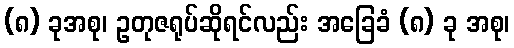
(၈) ခုအစု၊ ဥတုဇရုပ်ဆိုရင်လည်း အခြေခံ (၈) ခု အစု၊